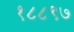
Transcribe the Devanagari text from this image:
१८८९७